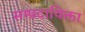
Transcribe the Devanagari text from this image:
सम्प्रदायिक्ता